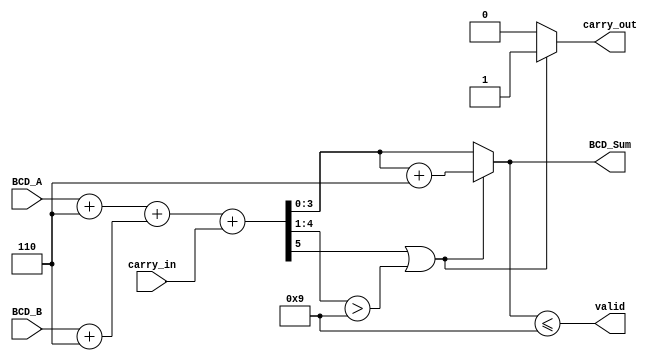
module BCD_Redundant_Binary_Adder(
    input  wire [3:0] BCD_A,        // First BCD operand
    input  wire [3:0] BCD_B,        // Second BCD operand
    input  wire carry_in,            // Input carry
    output reg  [3:0] BCD_Sum,       // BCD sum result
    output reg  carry_out,           // Carry out indicating overflow
    output reg  valid                 // Indicates if the BCD sum is valid
);

    // Intermediate redundant binary representation (4 bits each)
    reg [4:0] redundant_A;           // 5-bit to accommodate carry
    reg [4:0] redundant_B;           // 5-bit to accommodate carry
    reg [5:0] redundant_sum;         // 6-bit to accommodate carry and sum

    // BCD to Redundant Binary conversion (Adding 6 to adjust the range)
    always @(*) begin
        redundant_A = {1'b0, BCD_A} + 5'b00110; // BCD_A in redundant binary
        redundant_B = {1'b0, BCD_B} + 5'b00110; // BCD_B in redundant binary
        redundant_sum = redundant_A + redundant_B + carry_in; // Add in redundant binary
    end

    // Correction Logic
    always @(*) begin
        // Check if the redundant sum is valid (exceeds 9)
        if (redundant_sum[5] || redundant_sum[4:1] > 4'b1001) begin
            // If invalid, add 6 (0110)
            BCD_Sum = redundant_sum[3:0] + 4'b0110;
            carry_out = 1;
        end else begin
            // If valid, retain the sum
            BCD_Sum = redundant_sum[3:0];
            carry_out = 0;
        end

        // Check if the BCD sum is valid (0 to 9)
        valid = (BCD_Sum <= 4'b1001);
    end
endmodule